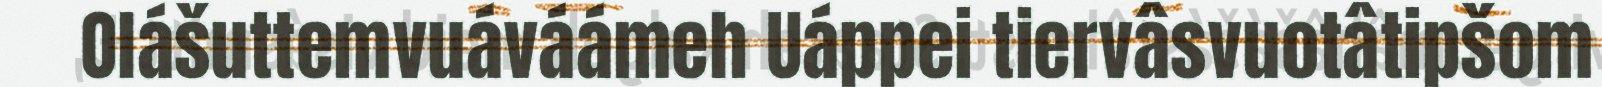
Olášuttemvuáváámeh Uáppei tiervâsvuotâtipšom